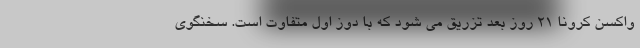
واکسن کرونا ٢١ روز بعد تزریق می شود که با دوز اول متفاوت است. سخنگوی